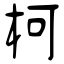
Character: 柯